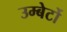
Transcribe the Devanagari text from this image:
उम्बेर्टो